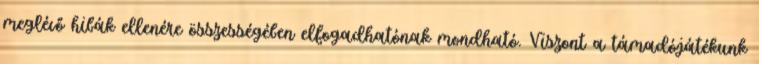
meglévő hibák ellenére összességében elfogadhatónak mondható. Viszont a támadójátékunk